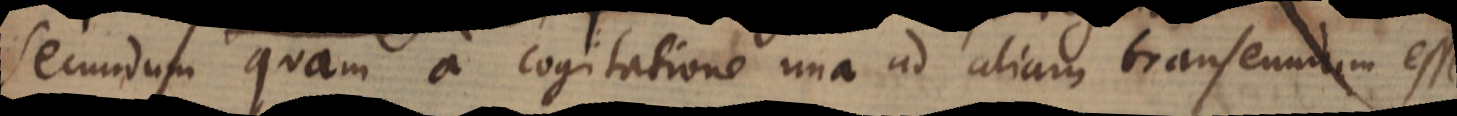
secundum quam a cogitatione una ad aliam transeundum esse